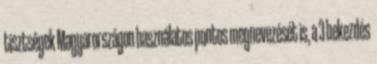
tisztségek Magyarországon használatos pontos megnevezését is, a 3 bekezdés